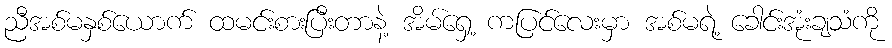
ညီအစ်မနှစ်ယောက် ထမင်းစားပြီးတာနဲ့ အိမ်ရှေ့ ကပြင်လေးမှာ အစ်မရဲ့ ခေါင်းအုံးချသံကို